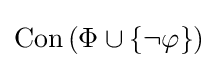
\operatorname {Con} \left(\Phi \cup \{\lnot \varphi \}\right)